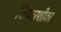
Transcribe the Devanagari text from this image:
शिफारशीवर